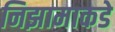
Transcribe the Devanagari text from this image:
निझामाकडे